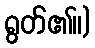
ရွတ်၏။)